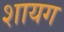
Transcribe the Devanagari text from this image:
शायग